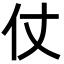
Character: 仗